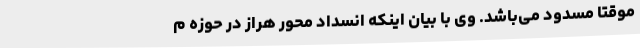
موقتاً مسدود می‌باشد. وی با بیان اینکه انسداد محور هراز در حوزه م